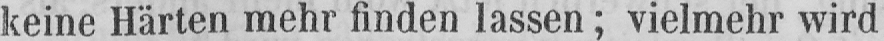
keine Härten mehr finden lassen; vielmehr wird